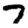
Digit: 7